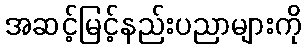
အဆင့်မြင့်နည်းပညာများကို